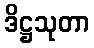
ဒိဋ္ဌသုတာ